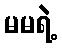
မမရဲ့